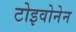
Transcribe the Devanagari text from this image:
टोइवोनेन